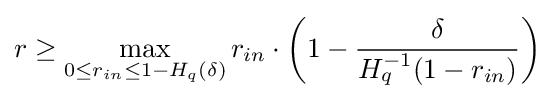
r\geq \max \limits _{0\leq r_{in}\leq {1-H_{q}(\delta )}}r_{in}\cdot \left(1-{\delta  \over {H_{q}^{-1}(1-r_{in})}}\right)